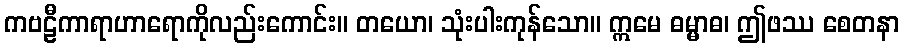
ကဗဠီကာရာဟာရောကိုလည်းကောင်း။ တယော၊ သုံးပါးကုန်သော။ ဣမေ ဓမ္မာဓ၊ ဤဖဿ စေတနာ